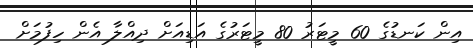
އިން ކަނޑުގެ 60 މީޓަރު 80 މީޓަރުގެ އަޑިއަށް ދިއްލާ އެން ހިފުމަށް